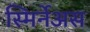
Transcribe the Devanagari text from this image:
स्मिर्नेअस